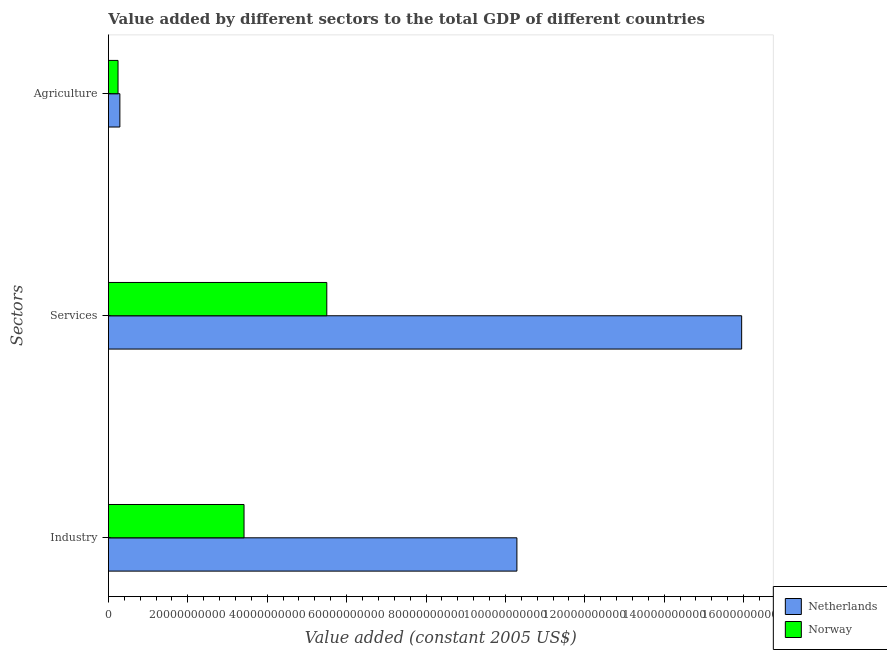
| Sectors | Netherlands | Norway |
 | --- | --- | --- |
 | Industry | 1.03e+11 | 3.42e+10 |
 | Services | 1.6e+11 | 5.5e+10 |
 | Agriculture | 2.88e+09 | 2.42e+09 |